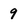
Character: 9